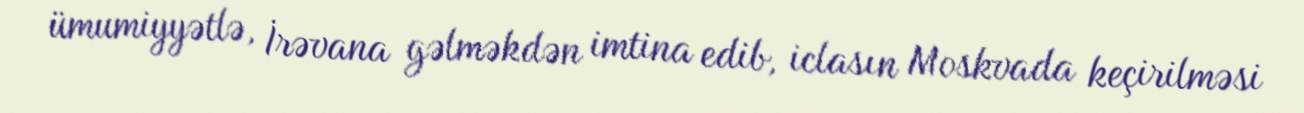
ümumiyyətlə, İrəvana gəlməkdən imtina edib, iclasın Moskvada keçirilməsi